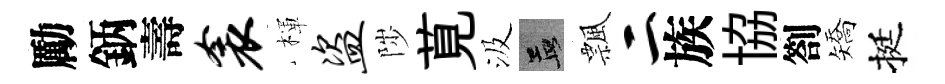
勵鈵壽衾楎盗陟莧汲孟飄二族協劄矯挺